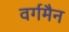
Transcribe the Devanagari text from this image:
वर्गमैन